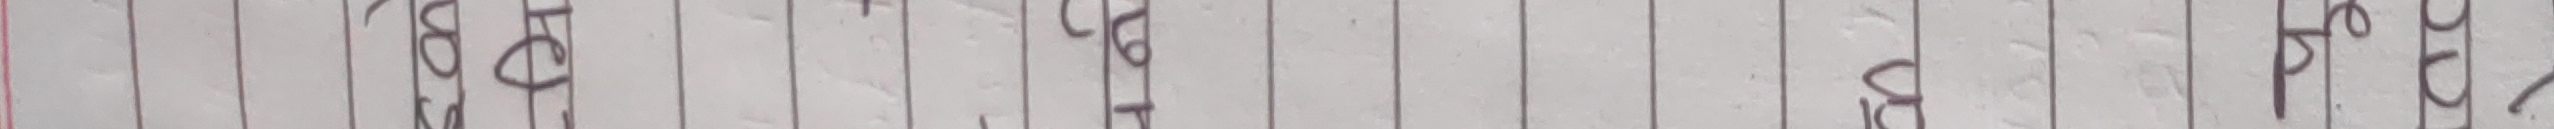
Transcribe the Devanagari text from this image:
हट पट